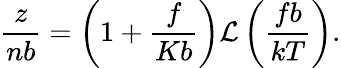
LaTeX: \frac{z}{nb}=\left(1+\frac{f}{Kb}\right)\mathcal{L}\left(\frac{fb}{kT}\right).